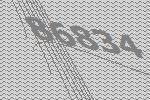
86834